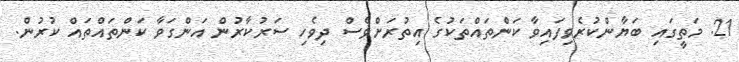
21. މަތީގައި ބަޔާންކުރެވިފައިވާ ކަންތައްތަކުގެ އިތުރަށްވެސް ދިވެހި ސަރުކާރުން އަންގަވާ ކަންތައްތައް ކުރުން.